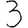
Digit: 3